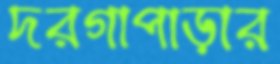
দরগাপাড়ার